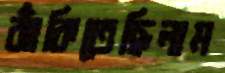
ঝাঁকিতেছিলাম